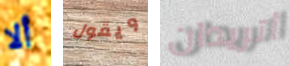
ألا ويقول أتريدان